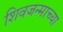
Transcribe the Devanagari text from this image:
शिवजन्माच्या